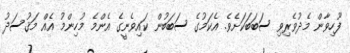
ފޫހިވާން މެދުވެރިވި ސަބަބަކަށެވެ. އެކަމުގެ ސަބަބުން ކައިވެނީގެ އެންމެ މުހިންމު އެއް މަޤުސަދު